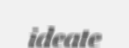
ideate